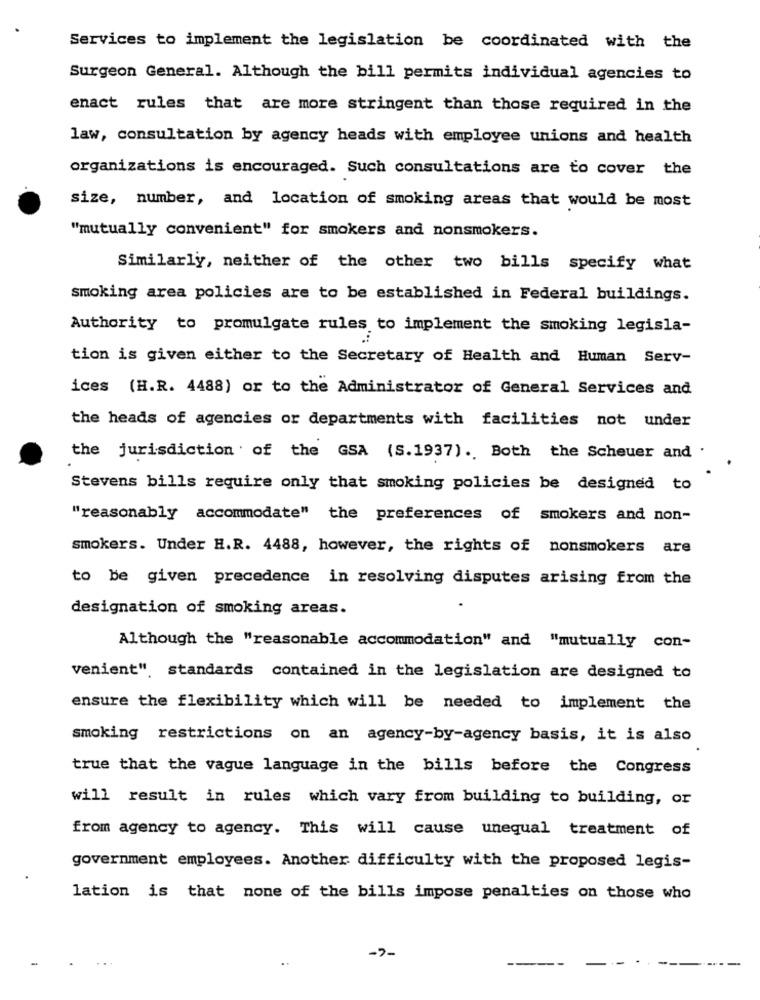
Services to implement the legislation be coordinated with the
Surgeon General. Although the bill permits individual agencies to
enact rules that are more stringent than those required in the
law, consultation by agency heads with employee unions and health
organizations is encouraged. Such consultations are to cover the
size, number, and location of smoking areas that would be most
"mutually convenient" for smokers and nonsmokers.
Similarly, neither of the other two bills specify what
smoking area policies are to be established in Federal buildings.
Authority to promulgate rules to implement the smoking legisla-
tion is given either to the Secretary of Health and Human Serv-
ices (H.R. 4488) or to the Administrator of General Services and
the heads of agencies or departments with facilities not under
the jurisdiction . of the GSA (S.1937).Both the Scheuer and .
. .
Stevens bills require only that smoking policies be designed to
"reasonably accommodate" the preferences of smokers and non-
smokers. Under H.R. 4488, however, the rights of nonsmokers are
to be given precedence in resolving disputes arising from the
designation of smoking areas.
Although the "reasonable accommodation" and "mutually con-
venient", standards contained in the legislation are designed to
ensure the flexibility which will be needed to implement the
smoking restrictions on an agency-by-agency basis, it is also
true that the vague language in the bills before the Congress
will result in rules which vary from building to building, or
from agency to agency. This will cause unequal treatment of
government employees. Another difficulty with the proposed legis-
lation is that none of the bills impose penalties on those who
->-